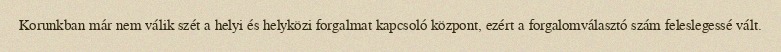
Korunkban már nem válik szét a helyi és helyközi forgalmat kapcsoló központ, ezért a forgalomválasztó szám feleslegessé vált.